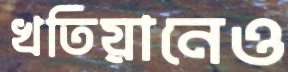
খতিয়ানেও